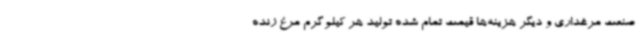
صنعت مرغداری و دیگر هزینه‌ها قیمت تمام شده تولید هر کیلوگرم مرغ زنده